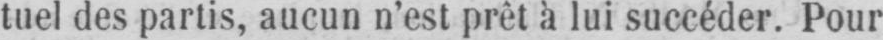
tuel des partis, aucun n’est prêt à lui succéder. Pour